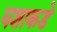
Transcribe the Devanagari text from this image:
घशाकडे